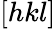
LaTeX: [hkl]